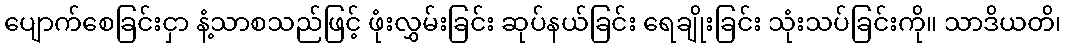
ပျောက်စေခြင်းငှာ နံ့သာစသည်ဖြင့် ဖုံးလွှမ်းခြင်း ဆုပ်နယ်ခြင်း ရေချိုးခြင်း သုံးသပ်ခြင်းကို။ သာဒိယတိ၊